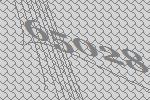
65028